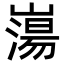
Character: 𡼍